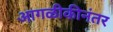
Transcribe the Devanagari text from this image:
आगळीकीनंतर